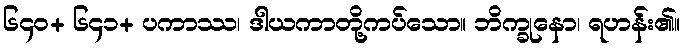
၆၄၀+ ၆၄၁+ ပကာဿ၊ ဒါယကာတို့ကပ်သော။ ဘိက္ခုနော၊ ရဟန်း၏။